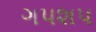
ગપશપ